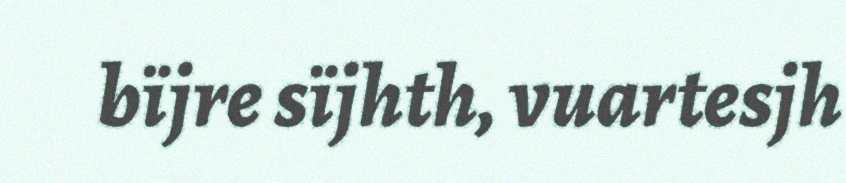
bïjre sïjhth, vuartesjh